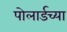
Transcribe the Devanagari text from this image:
पोलार्डच्या